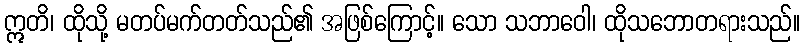
ဣတိ၊ ထိုသို့ မတပ်မက်တတ်သည်၏ အဖြစ်ကြောင့်။ သော သဘာဝေါ၊ ထိုသဘောတရားသည်။